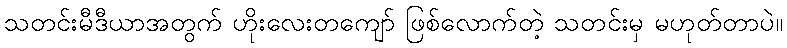
သတင်းမီဒီယာအတွက် ဟိုးလေးတကျော် ဖြစ်လောက်တဲ့ သတင်းမှ မဟုတ်တာပဲ။